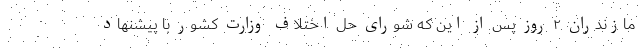
مازندران ۲ روز پس از این که شورای حل اختلاف وزارت کشور با پیشنهاد